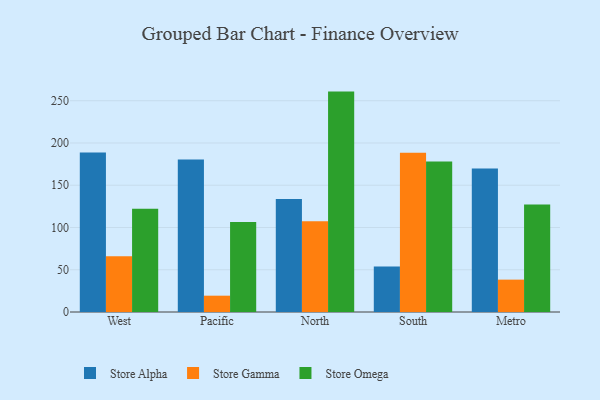
{"axis": {"x": "Region", "y": "Energy Usage (MWh)"}, "legend": ["Store Alpha", "Store Gamma", "Store Omega"], "data": [{"x": "West", "y": 188.7, "type": "Store Alpha"}, {"x": "West", "y": 65.9, "type": "Store Gamma"}, {"x": "West", "y": 122.3, "type": "Store Omega"}, {"x": "Pacific", "y": 180.5, "type": "Store Alpha"}, {"x": "Pacific", "y": 19.3, "type": "Store Gamma"}, {"x": "Pacific", "y": 106.6, "type": "Store Omega"}, {"x": "North", "y": 133.8, "type": "Store Alpha"}, {"x": "North", "y": 107.4, "type": "Store Gamma"}, {"x": "North", "y": 260.8, "type": "Store Omega"}, {"x": "South", "y": 53.9, "type": "Store Alpha"}, {"x": "South", "y": 188.4, "type": "Store Gamma"}, {"x": "South", "y": 178.0, "type": "Store Omega"}, {"x": "Metro", "y": 169.7, "type": "Store Alpha"}, {"x": "Metro", "y": 38.3, "type": "Store Gamma"}, {"x": "Metro", "y": 127.1, "type": "Store Omega"}]}